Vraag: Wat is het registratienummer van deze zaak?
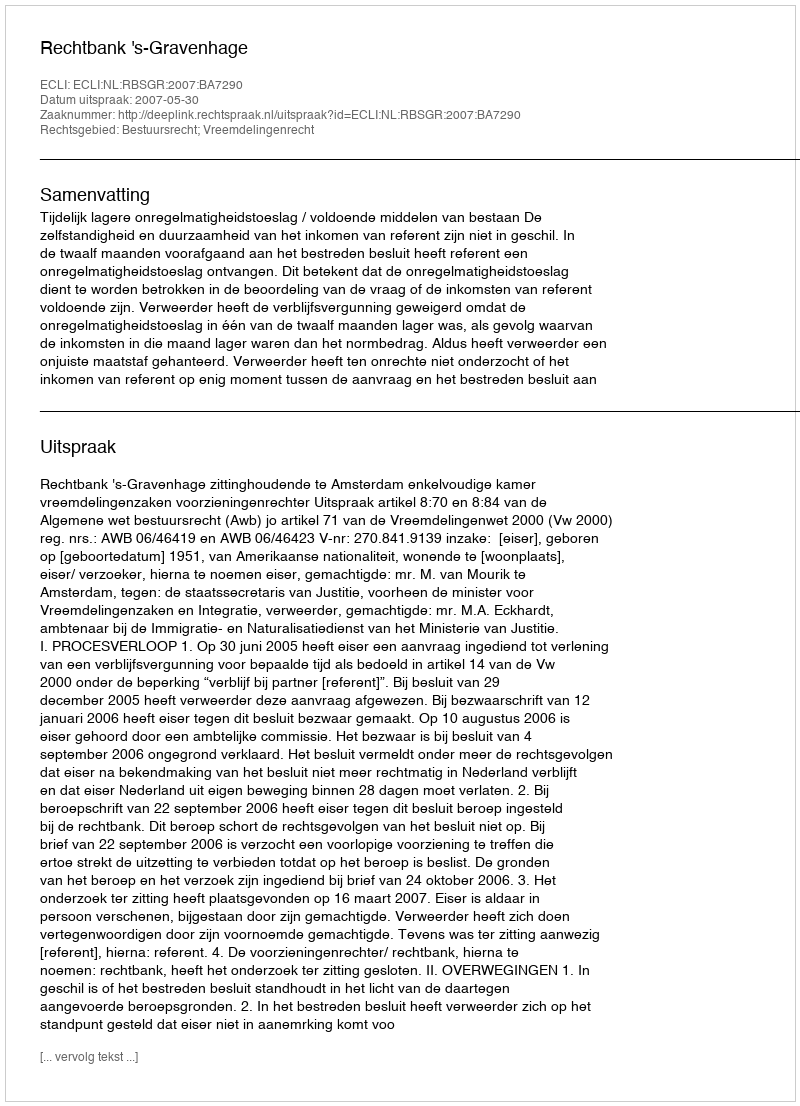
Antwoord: http://deeplink.rechtspraak.nl/uitspraak?id=ECLI:NL:RBSGR:2007:BA7290